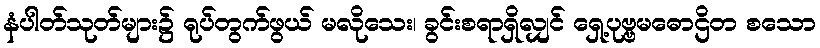
နံပါတ်သုတ်များ၌ ရုပ်တွက်ဖွယ် မလိုသေး၊ ခွင်းစရာရှိလျှင် ရှေ့ပုဗ္ဗမဓောဌိတ စသော